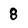
Character: 8